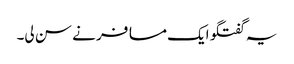
یہ گفتگو ایک مسافر نے سن لی۔